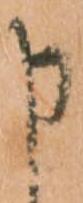
申